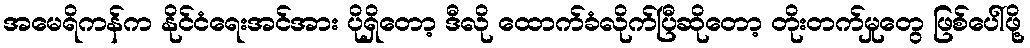
အမေရိကန်က နိုင်ငံရေးအင်အား ပိုရှိတော့ ဒီလို ထောက်ခံလိုက်ပြီဆိုတော့ တိုးတက်မှုတွေ ဖြစ်ပေါ်ဖို့